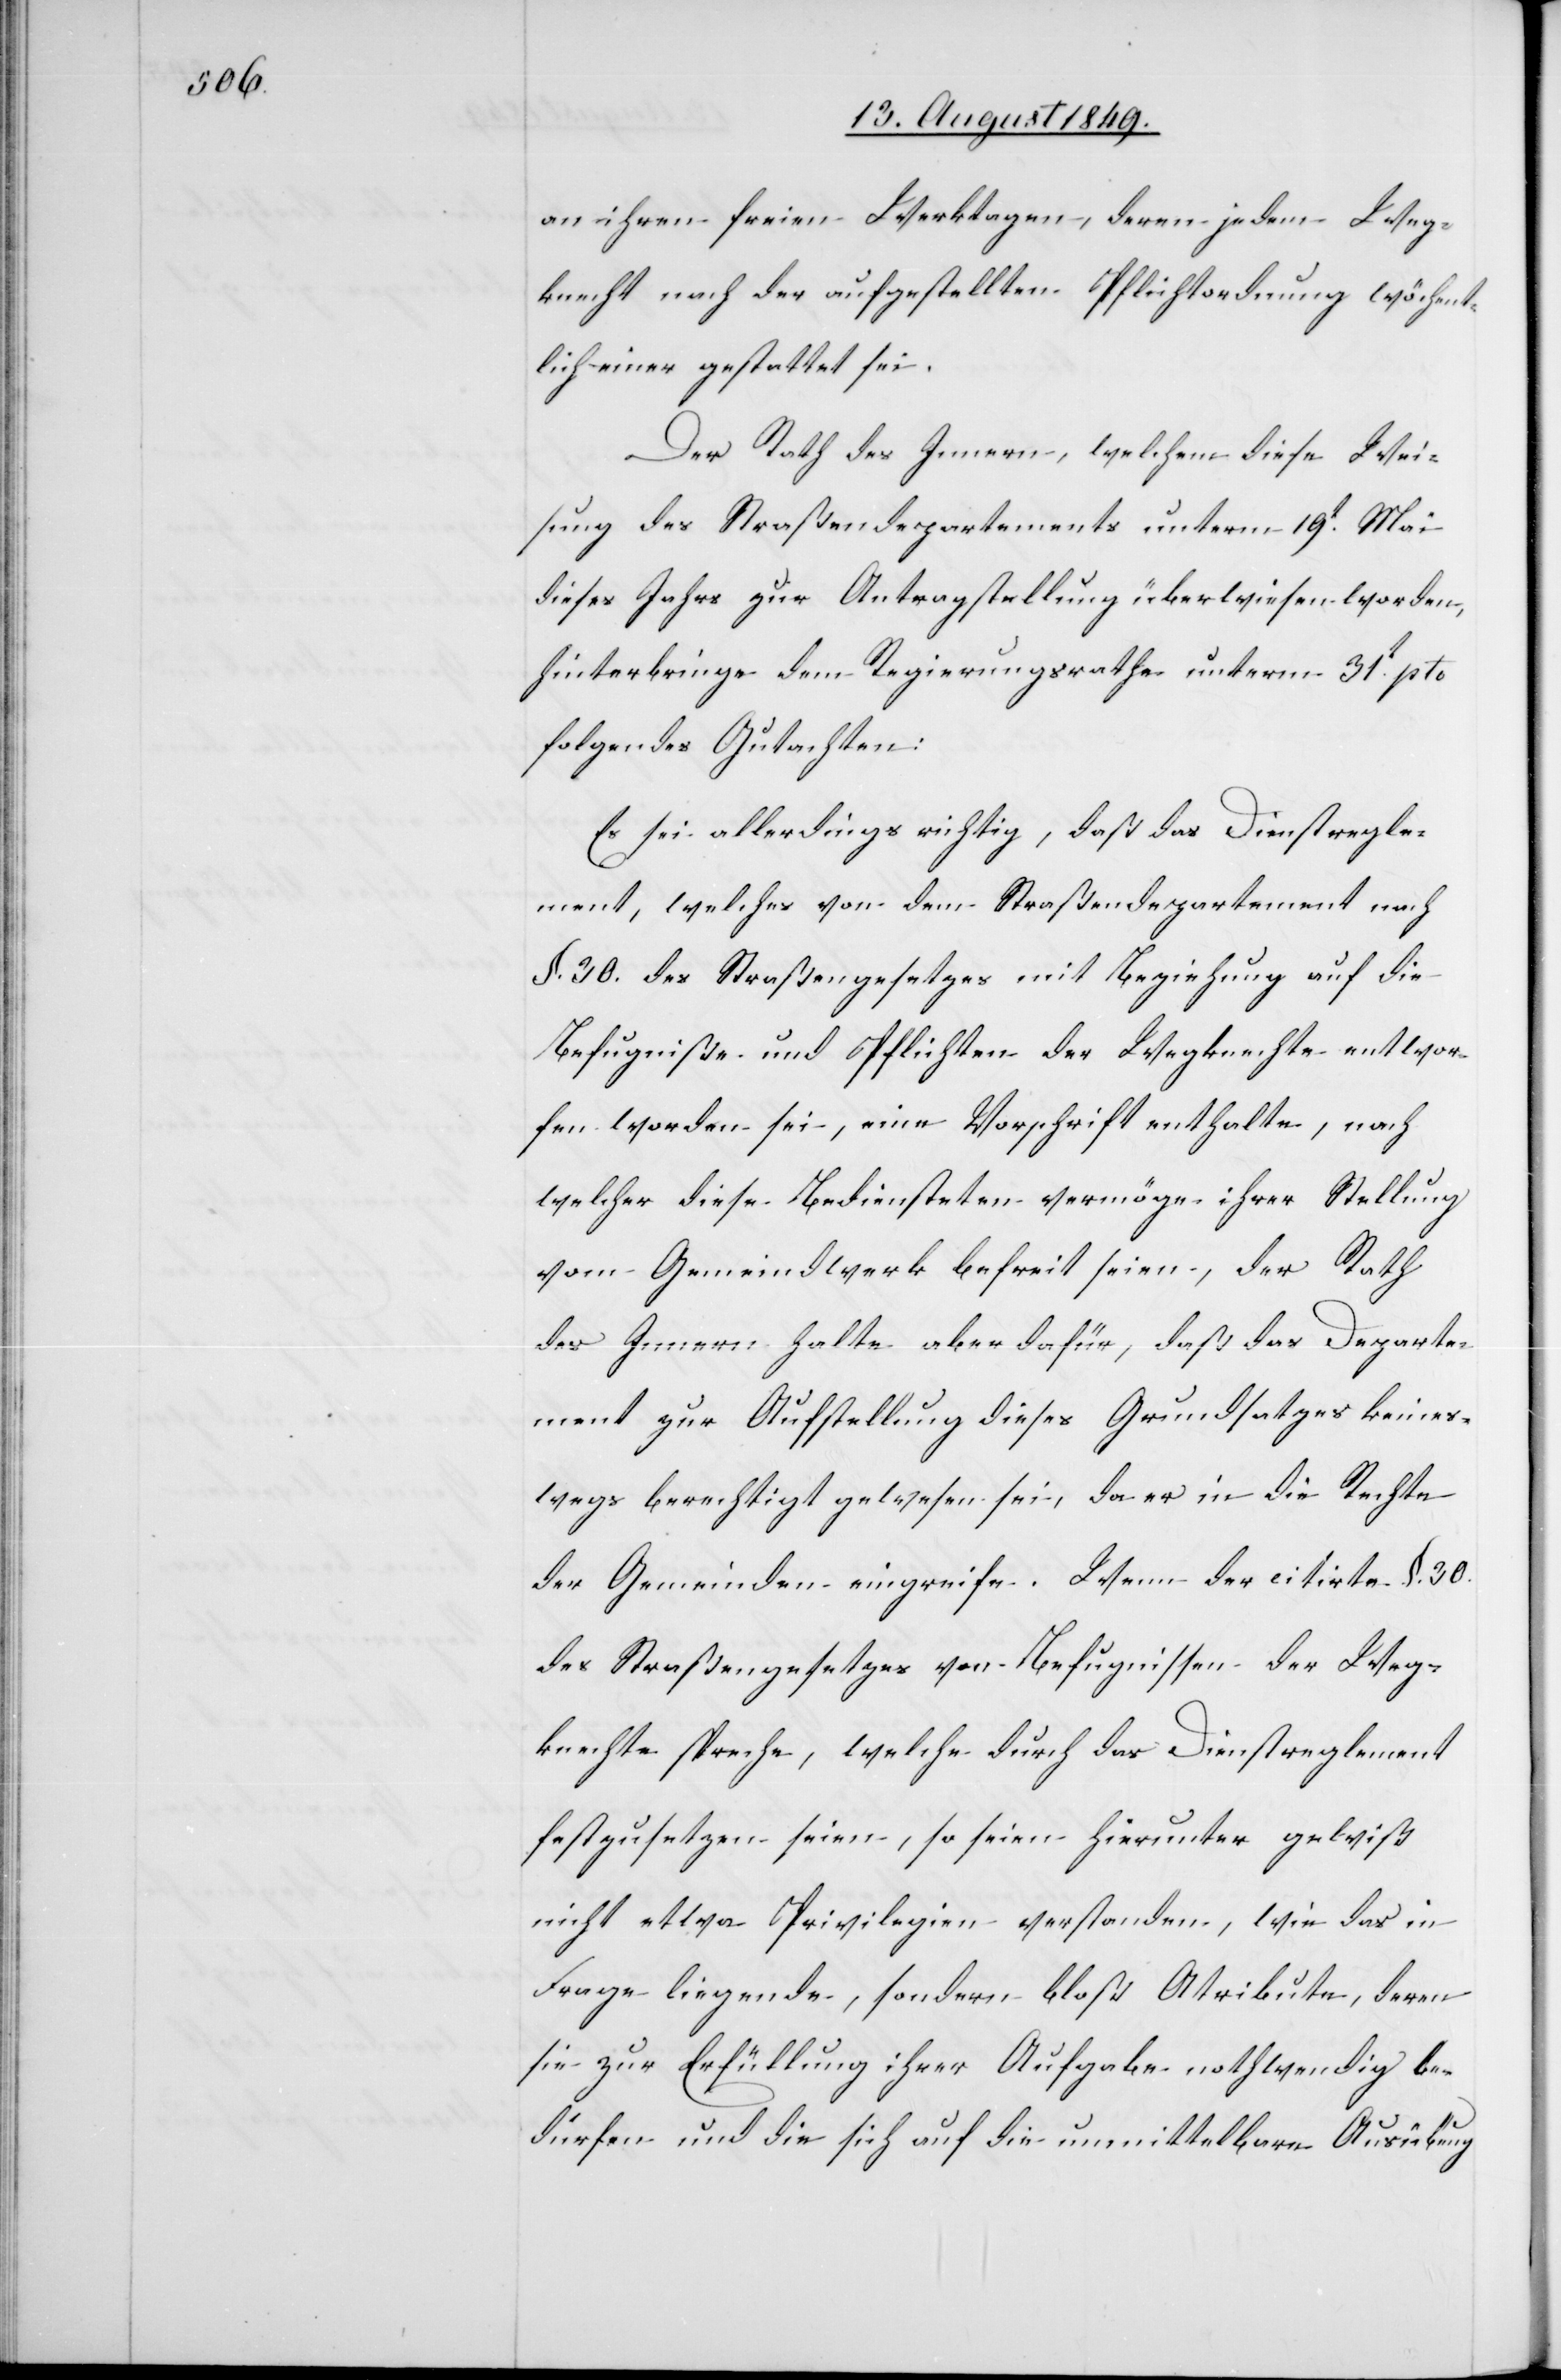
an ihren freien Werktagen, deren jedem Weg¬
knecht nach der aufgestellten Pflichtordnung wöchent¬
lich einer gestattet sei.
Der Rath des Innern, welchem diese Wei¬
sung des Straßendepartements unterm 19t Mai
dieses Jahrs zur Antragstellung überwiesen worden,
hinterbringe dem Regierungsrathe unterm 31t pto.
folgendes Gutachten:
Es sei allerdings richtig, daß das Dienstregle¬
ment, welches von dem Straßendepartement nach
§. 30. des Straßengesetzes mit Beziehung auf die
Befugniße und Pflichten der Wegknechte entwor¬
fen worden sei, eine Vorschrift enthalte, nach
welcher diese Bediensteten vermöge ihrer Stellung
vom Gemeindwerk befreit seien, der Rath
des Innern halte aber dafür, daß das Departe¬
ment zur Aufstellung dieses Grundsatzes keines¬
wegs berechtigt gewesen sei, da er in die Rechte
der Gemeinden eingreife. Wenn der citirte §. 30.
des Straßengesetzes von Befugnissen der Weg¬
knechte spreche, welche durch das Dienstreglement
festzusetzen seien, so seien hierunter gewiß
nicht etwa Privilegien verstanden, wie das in
Frage liegende, sondern bloß Atribute
sie zur Erfüllung ihrer Aufgabe nothwendig be¬
dürfen und die sich auf die unmittelbare Ausübung